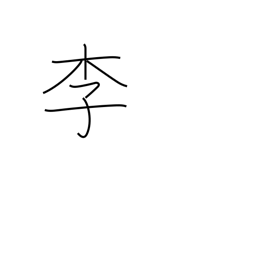
Meaning: plum